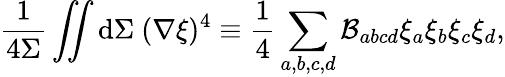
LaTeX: \frac{1}{4\Sigma}\iint\mathrm{d}\Sigma~(\nabla\xi)^{4}\equiv\frac{1}{4}\sum_{a,b,c,d}\mathcal{B}_{abcd}\xi_{a}\xi_{b}\xi_{c}\xi_{d},